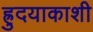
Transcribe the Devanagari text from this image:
ह्रुदयाकाशी